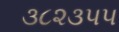
૩૮૨૩૫૫